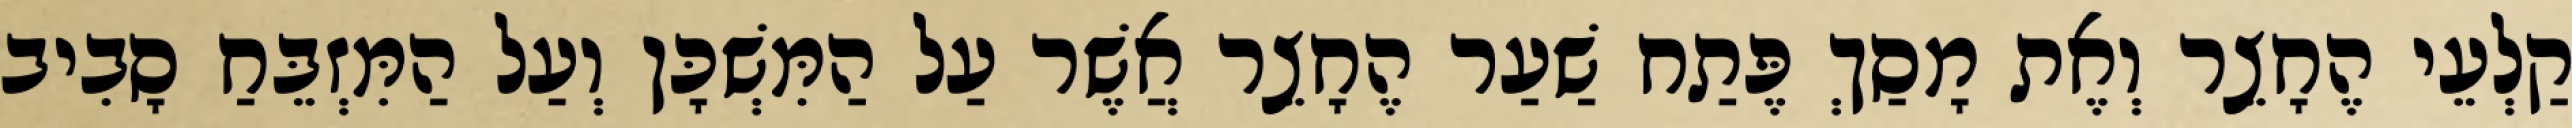
קַלְעֵי הֶחָצֵר וְאֶת מָסַךְ פֶּתַח שַׁעַר הֶחָצֵר אֲשֶׁר עַל הַמִּשְׁכָּן וְעַל הַמִּזְבֵּחַ סָבִיב